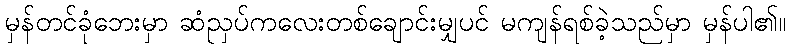
မှန်တင်ခုံဘေးမှာ ဆံညှပ်ကလေးတစ်ချောင်းမျှပင် မကျန်ရစ်ခဲ့သည်မှာ မှန်ပါ၏။